255_413270_UFO's_and_Defense_What_Should_we_Prepare_For
Agency: NASA
Page 94
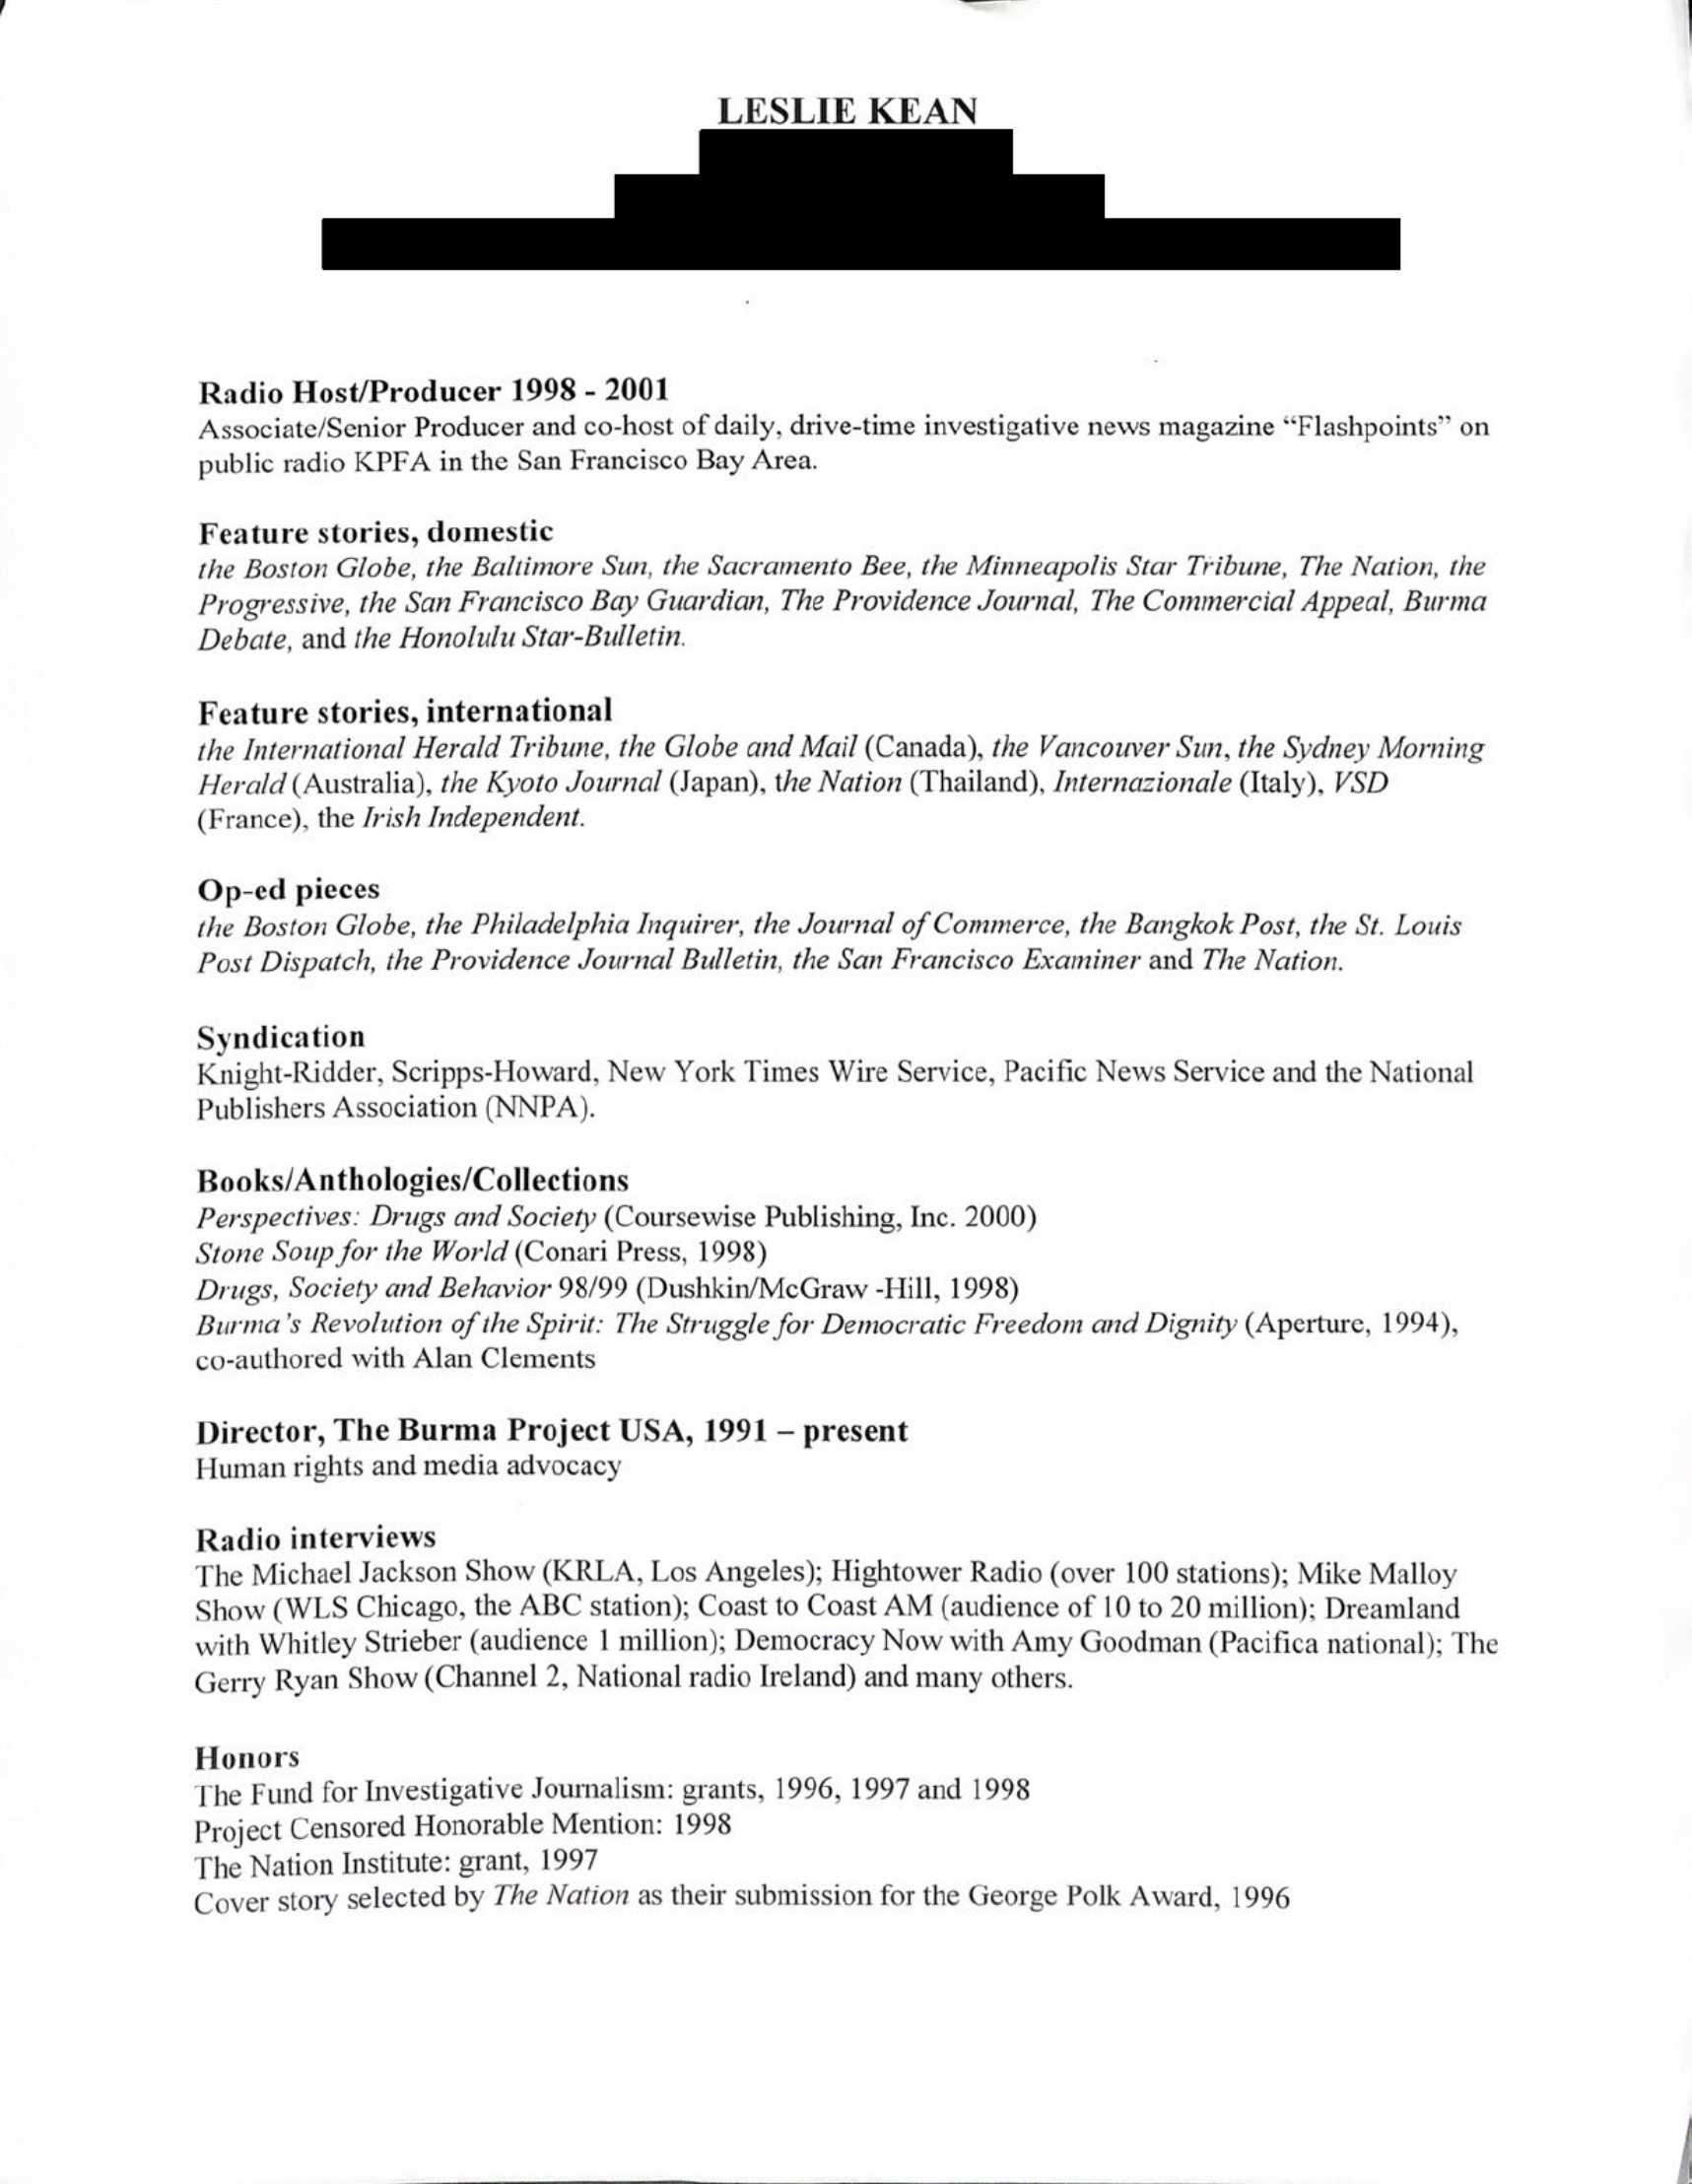